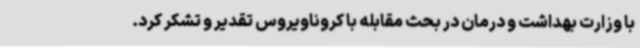
با وزارت بهداشت و درمان در بحث مقابله با کروناویروس تقدیر و تشکر کرد.